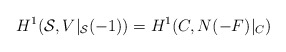
\begin{align*}H^1 ({\cal S}, V|_{{\cal S}}(-1)) =H^1 (C, N(-F)|_C)\end{align*}